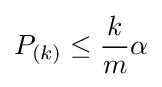
P_{(k)}\leq {\frac {k}{m}}\alpha